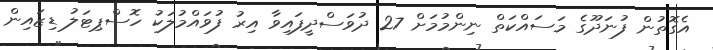
އެގޮތުން ފުނަދޫގެ މަސައްކަތް ނިންމުމަށް 27 ދުވަސްދީފައިވާ އިރު ފުވައްމުލަކު ހޮސްޕިޓަލު ޑިޒައިން